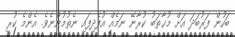
ބަހުން ފަރުބަދަ އަށް މުޚާޠަބު ކުރާނޭ ނަމެއް އުފެދިފައި ނެތުމުންނެވެ. އެންމެ ކުރީ